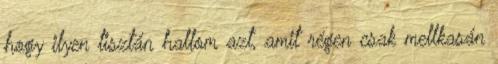
hogy ilyen tisztán hallom azt, amit régen csak mellkasán